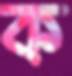
ক